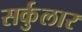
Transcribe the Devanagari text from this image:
सर्कुलार